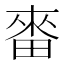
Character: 𤲝